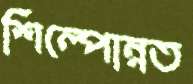
শিল্পোন্নত